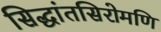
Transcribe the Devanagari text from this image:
सिद्धांतसिरोमणि